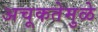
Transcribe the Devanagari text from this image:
अचूकतेमुळे